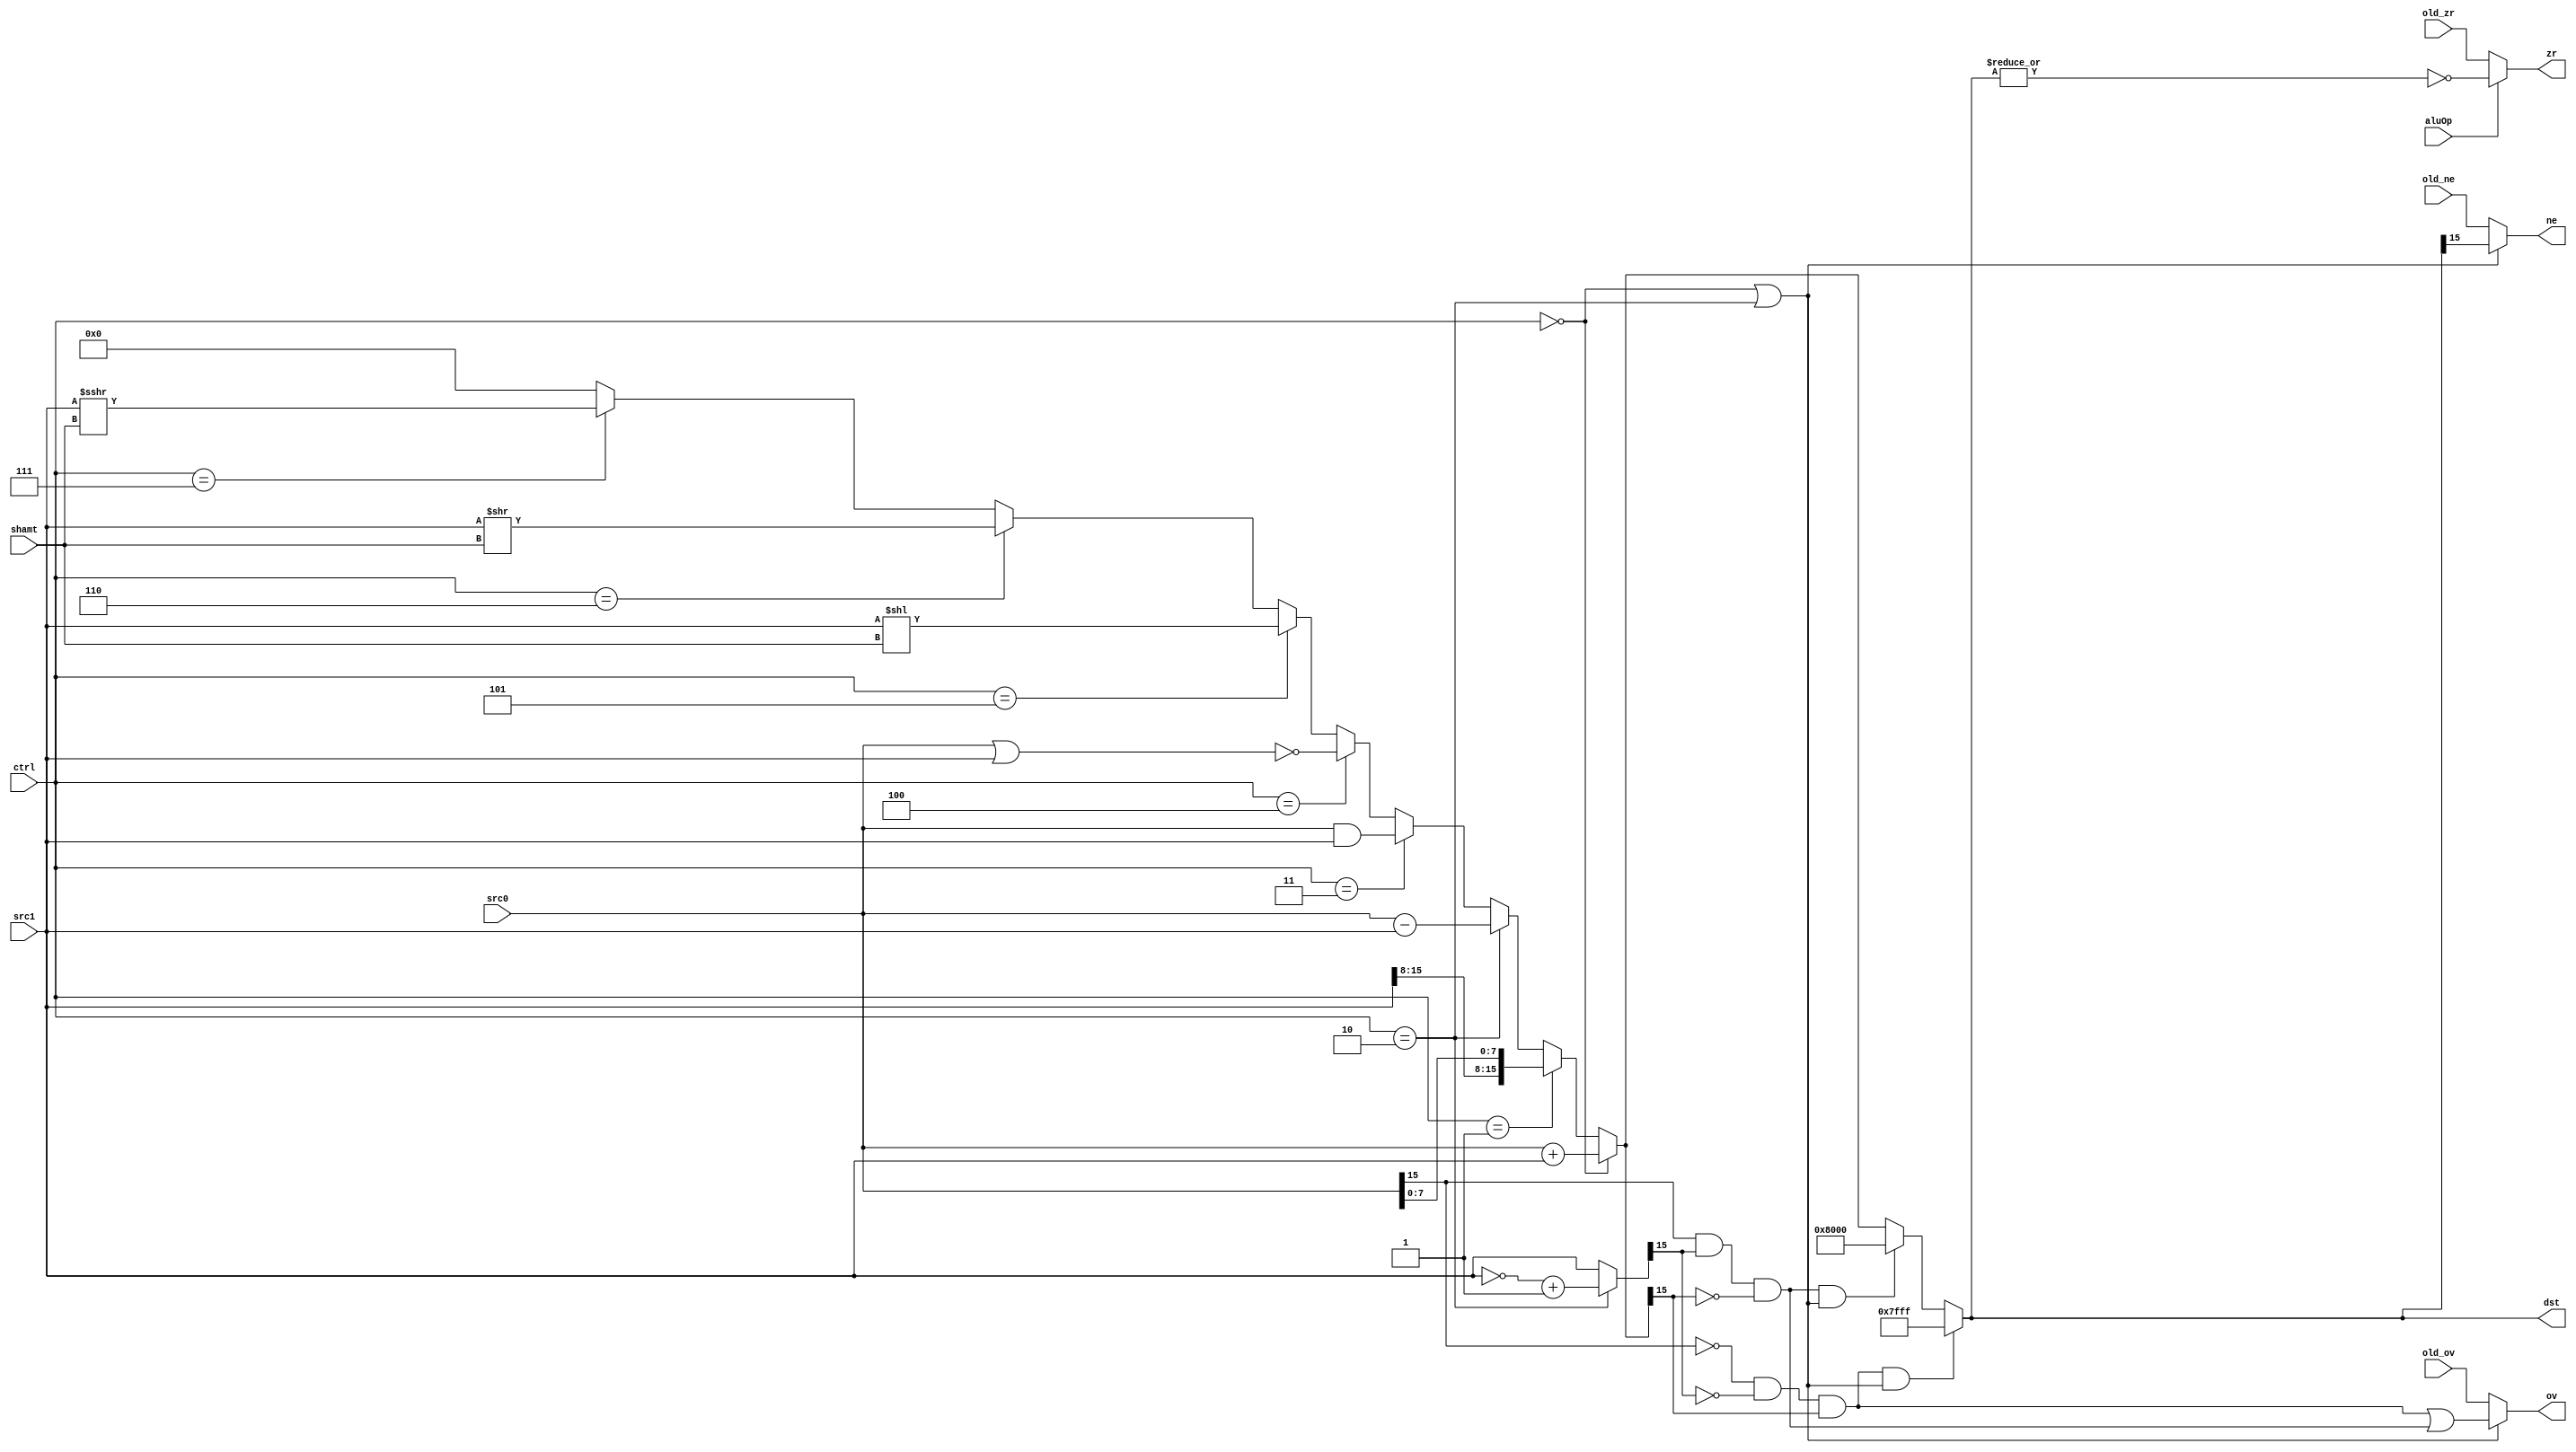
// Peter Collins, Matthew Wiemer, Luke Brandl
module ALU(src0, src1, ctrl, shamt, aluOp, dst, old_ov, old_zr, old_ne, ov, zr, ne);
  input [15:0] src0, src1;
  input [2:0] ctrl;
  input [3:0] shamt;
	input aluOp, old_ov, old_zr, old_ne;
	
  output [15:0] dst;
	output ov, zr, ne;

  wire [15:0] unsat, op1;

  localparam add = 3'b000; // Accounts for both add and addz
  localparam lhb = 3'b001;
  localparam sub = 3'b010;
  localparam andy = 3'b011;
  localparam nory = 3'b100;
  localparam sll = 3'b101;
  localparam srl = 3'b110;
  localparam sra = 3'b111;

  assign unsat = (ctrl==add) ? src0+src1:
                 (ctrl==lhb) ? {src1[15:8], src0[7:0]}:
                 (ctrl==sub) ? src0-src1:
                 (ctrl==andy)? src0&src1:
                 (ctrl==nory)? ~(src0|src1):
                 (ctrl==sll) ? src1<<shamt:
                 (ctrl==srl) ? src1>>shamt:
		 (ctrl==sra) ? {$signed(src1) >>> shamt}:
                 17'h00000; // It will never reach here logically

 	// When checking msbs for overflow, we need the actual bits operated on
	assign op1 = ctrl==sub ? ~src1 + 1'b1 : src1;          

  assign doingMath = ctrl==add || ctrl==sub; // i.e. set N and Z
  // Positive operands; Negative result
	assign negativeOverflow =(src0[15] && op1[15] && !unsat[15]);
  // Negative operands; Positive result
	assign positiveOverflow = (!src0[15] && !op1[15] && unsat[15]);
	// Determine zero from the unsaturated result!
	//assign zero = ~|unsat;

  // Set Result
  assign dst = (positiveOverflow && doingMath) ? 16'h7fff :
               (negativeOverflow && doingMath) ? 16'h8000 : unsat;


  assign ov = doingMath ? (positiveOverflow || negativeOverflow) : old_ov;

  assign zr = aluOp ? ~|dst : old_zr;

  assign ne = doingMath ? dst[15] : old_ne;
  
endmodule
  
module ALU_tb();
  reg [15:0] src0, src1;
  reg [2:0] ctrl;
  reg [3:0] shamt;

  wire [15:0] dst;
  wire ov, zr;

  ALU iDUT(.src0(src0), .src1(src1), .ctrl(ctrl), .shamt(shamt), .ov(ov), .zr(zr), .dst(dst));

  initial begin
    addChk(16'h0000, 16'h0000);
    addChk(16'h0001, 16'h0000);
    addChk(16'h0001, 16'h0001);
    addChk(16'hffff, 16'h0000);
    addChk(16'h8888, 16'h8888);
    addChk(16'hffff, 16'hffff);

    subChk(16'h0000, 16'h0000);
    subChk(16'h0001, 16'h0000);
    subChk(16'h0001, 16'h0001);
    subChk(16'hffff, 16'h0000);
    subChk(16'h8888, 16'h8888);
    subChk(16'hffff, 16'hffff);
    subChk(16'h0000, 16'h0001);
    subChk(16'h8888, 16'hffff);
    subChk(16'h0000, 16'hffff);

    andChk(16'h0000, 16'h0000);
    andChk(16'h0001, 16'h0000);
    andChk(16'h0001, 16'h0001);
    andChk(16'hffff, 16'h0000);
    andChk(16'h8888, 16'h8888);
    andChk(16'hffff, 16'hffff);

    norChk(16'h0000, 16'h0000);
    norChk(16'h0001, 16'h0000);
    norChk(16'h0001, 16'h0001);
    norChk(16'hffff, 16'h0000);
    norChk(16'h8888, 16'h8888);
    norChk(16'hffff, 16'hffff);

    sllChk(16'h0000, 4'h0);
    sllChk(16'h0001, 4'h0);
    sllChk(16'h0001, 4'hf);
    sllChk(16'hffff, 4'h0);
    sllChk(16'h8888, 4'h8);
    sllChk(16'hffff, 4'hf);

    srlChk(16'h0000, 4'h0);
    srlChk(16'h0001, 4'h0);
    srlChk(16'h0001, 4'hf);
    srlChk(16'hffff, 4'h0);
    srlChk(16'h8888, 4'h8);
    srlChk(16'hffff, 4'hf);

    sraChk(16'h0000, 4'h0);
    sraChk(16'h0001, 4'h0);
    sraChk(16'h0001, 4'hf);
    sraChk(16'hffff, 4'h0);
    sraChk(16'h8888, 4'h8);
    sraChk(16'hffff, 4'hf);

    lhbChk(16'h0000);
    lhbChk(16'h0001);
    lhbChk(16'h8888);
    lhbChk(16'hffff);
  end

  task addChk;
     input reg [15:0] insrc0, insrc1;
     begin
        src0 = insrc0;
        src1 = insrc1;
        ctrl = 3'b000;
        shamt = 4'b0000;
        #5;
        $display("Addition %h + %h = %h ov=%d zr=%d", src0, src1, dst, ov, zr);
        if (dst!=(src0+src1)&&(((src0+src1)>16'hffff)||ov!=1)&&((~|(src0+src1))!=zr))
        begin
           // Display the error
           $display("Error: Addition not working correctly!");
           $stop();
        end
     end
  endtask

  task subChk;
     input reg [15:0] insrc0, insrc1;
     begin
        src0 = insrc0;
        src1 = insrc1;
        ctrl = 3'b001;
        shamt = 4'b0000;
        #5;
        $display("Subtraction %h - %h = %h ov=%d zr=%d", src0, src1, dst, ov, zr);
        if (dst!=(src0-src1)&&(((src0-src1)<16'h0000)||ov!=1)&&((~|(src0-src1))!=zr))
        begin
           // Display the error
           $display("Error: Subtraction not working correctly!");
           $stop();
        end
     end
  endtask

  task andChk;
     input reg [15:0] insrc0, insrc1;
     begin
        src0 = insrc0;
        src1 = insrc1;
        ctrl = 3'b010;
        shamt = 4'b0000;
        #5;
        $display("And %h & %h = %h zr=%d", src0, src1, dst, zr);
        if (dst!=(src0&src1)&&((~|(src0&src1))!=zr))
        begin
           // Display the error
           $display("Error: And not working correctly!");
           $stop();
        end
     end
  endtask
  task norChk;
     input reg [15:0] insrc0, insrc1;
     begin
        src0 = insrc0;
        src1 = insrc1;
        ctrl = 3'b011;
        shamt = 4'b0000;
        #5;
        $display("Nor %h ~| %h = %h zr=%d", src0, src1, dst, zr);
        if (dst!=~(src0|src1)&&((~|(src0|src1))!=zr))
        begin
           // Display the error
           $display("Error: Nor not working correctly!");
           $stop();
        end
     end
  endtask
  task sllChk;
     input reg [15:0] insrc0;
     input reg [3:0] inshamt;
     begin
        src0 = insrc0;
        src1 = 16'h0000;
        ctrl = 3'b100;
        shamt = inshamt;
        #5;
        $display("Shift Left Logical %h << %h = %h zr=%d", src0, shamt, dst, zr);
        if (dst!=src0<<shamt&&((~|(src0<<shamt))!=zr))
        begin
           // Display the error
           $display("Error: Shift Left Logical not working correctly!");
           $stop();
        end
     end
  endtask

  task srlChk;
     input reg [15:0] insrc0;
     input reg [3:0] inshamt;
     begin
        src0 = insrc0;
        src1 = 16'h0000;
        ctrl = 3'b101;
        shamt = inshamt;
        #5;
        $display("Shift Right Logical %h >> %h = %h zr=%d", src0, shamt, dst, zr);
        if (dst!=src0>>shamt&&((~|(src0>>shamt))!=zr))
        begin
           // Display the error
           $display("Error: Shift Right Logical not working correctly!");
           $stop();
        end
     end
  endtask

  task sraChk;
     input reg [15:0] insrc0;
     input reg [3:0] inshamt;
     begin
        src0 = insrc0;
        src1 = 16'h0000;
        ctrl = 3'b110;
        shamt = inshamt;
        #5;
        $display("Shift Right Arithmetic %h >>> %h = %h zr=%d", src0, shamt, dst, zr);
        if (dst!=src0>>>shamt&&((~|(src0>>>shamt))!=zr))
        begin
           // Display the error
           $display("Error: Shift Right Arithmetic not working correctly!");
           $stop();
        end
     end
  endtask
  task lhbChk;
     input reg [15:0] insrc0;
     begin
        src0 = insrc0;
        src1 = 16'h0000;
        ctrl = 3'b111;
        shamt = 4'h0;
        #5;
        $display("Load High Byte lhb %h = %h zr=%d", src0, dst, zr);
        if (dst!={src0[15:8],8'h00}&&((~|({src0[15:8],8'h00}))!=zr))
        begin
           // Display the error
           $display("Error: Load High Byte not working correctly!");
           $stop();
        end
     end
  endtask
endmodule